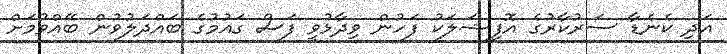
އަދި ކެނެޑާ ސަރުކާރުގެ އޮފިޝަލަކު ފަހުން ވިދާޅުވީ ފަސް ގައުމުގެ ބައްދަލުވުން ބޭއްވުމަށް